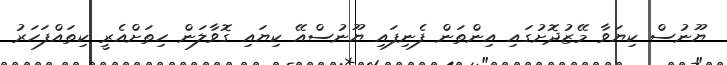
ޔޫނުސް ކިޔަވާ މޭޒުދޮށުގައި އިންތަން ފެނިފައި ޔޫނުސްއޭ ކިޔައި ގޮވާލަން ހިތަށްއެރީ ކިތައްފަހަރު